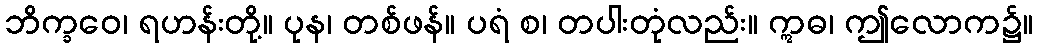
ဘိက္ခဝေ၊ ရဟန်းတို့။ ပုန၊ တစ်ဖန်။ ပရံ စ၊ တပါးတုံလည်း။ ဣဓ၊ ဤလောက၌။